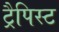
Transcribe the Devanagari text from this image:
ट्रैपिस्ट